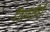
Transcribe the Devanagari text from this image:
दैतापतीही